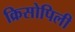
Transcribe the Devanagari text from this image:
क्रिसोपिली